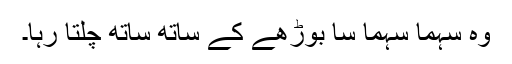
وہ سہما سہما سا بوڑھے کے ساتھ ساتھ چلتا رہا۔